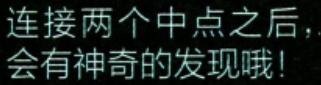
连接两个中点之后，会有神奇的发现哦！